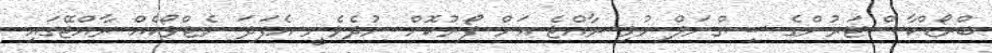
ބްރޯޑްކާސްޓަރުންގެ ސިގްނަލް މުޅި ރާއްޖެ އަށް ފޯރުކޮށް ނުދެވެނީ އެފަދަ ނެޓްވޯކެއް ރާއްޖޭގައި